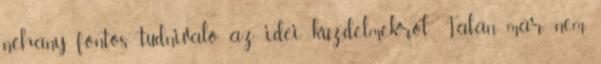
néhány fontos tudnivaló az idei küzdelmekről. Talán már nem